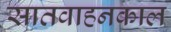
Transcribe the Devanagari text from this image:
सातवाहनकाल